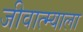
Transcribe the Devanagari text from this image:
जीवात्म्याला